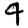
Digit: 4